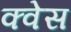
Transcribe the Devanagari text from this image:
क्वेस